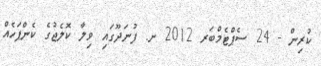
ކުރިން - 24 ސެޕްޓެމްބަރ 2012 ށ. ފުނަދޫގައި ވިލާ ކޮލެޖުގެ ކެންޕަހެއް